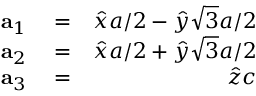
\begin{array} { r l r } { { \bf a } _ { 1 } } & { { } = } & { \hat { x } a / 2 - \hat { y } \sqrt { 3 } a / 2 } \\ { { \bf a } _ { 2 } } & { { } = } & { \hat { x } a / 2 + \hat { y } \sqrt { 3 } a / 2 } \\ { { \bf a } _ { 3 } } & { { } = } & { \hat { z } c } \end{array}